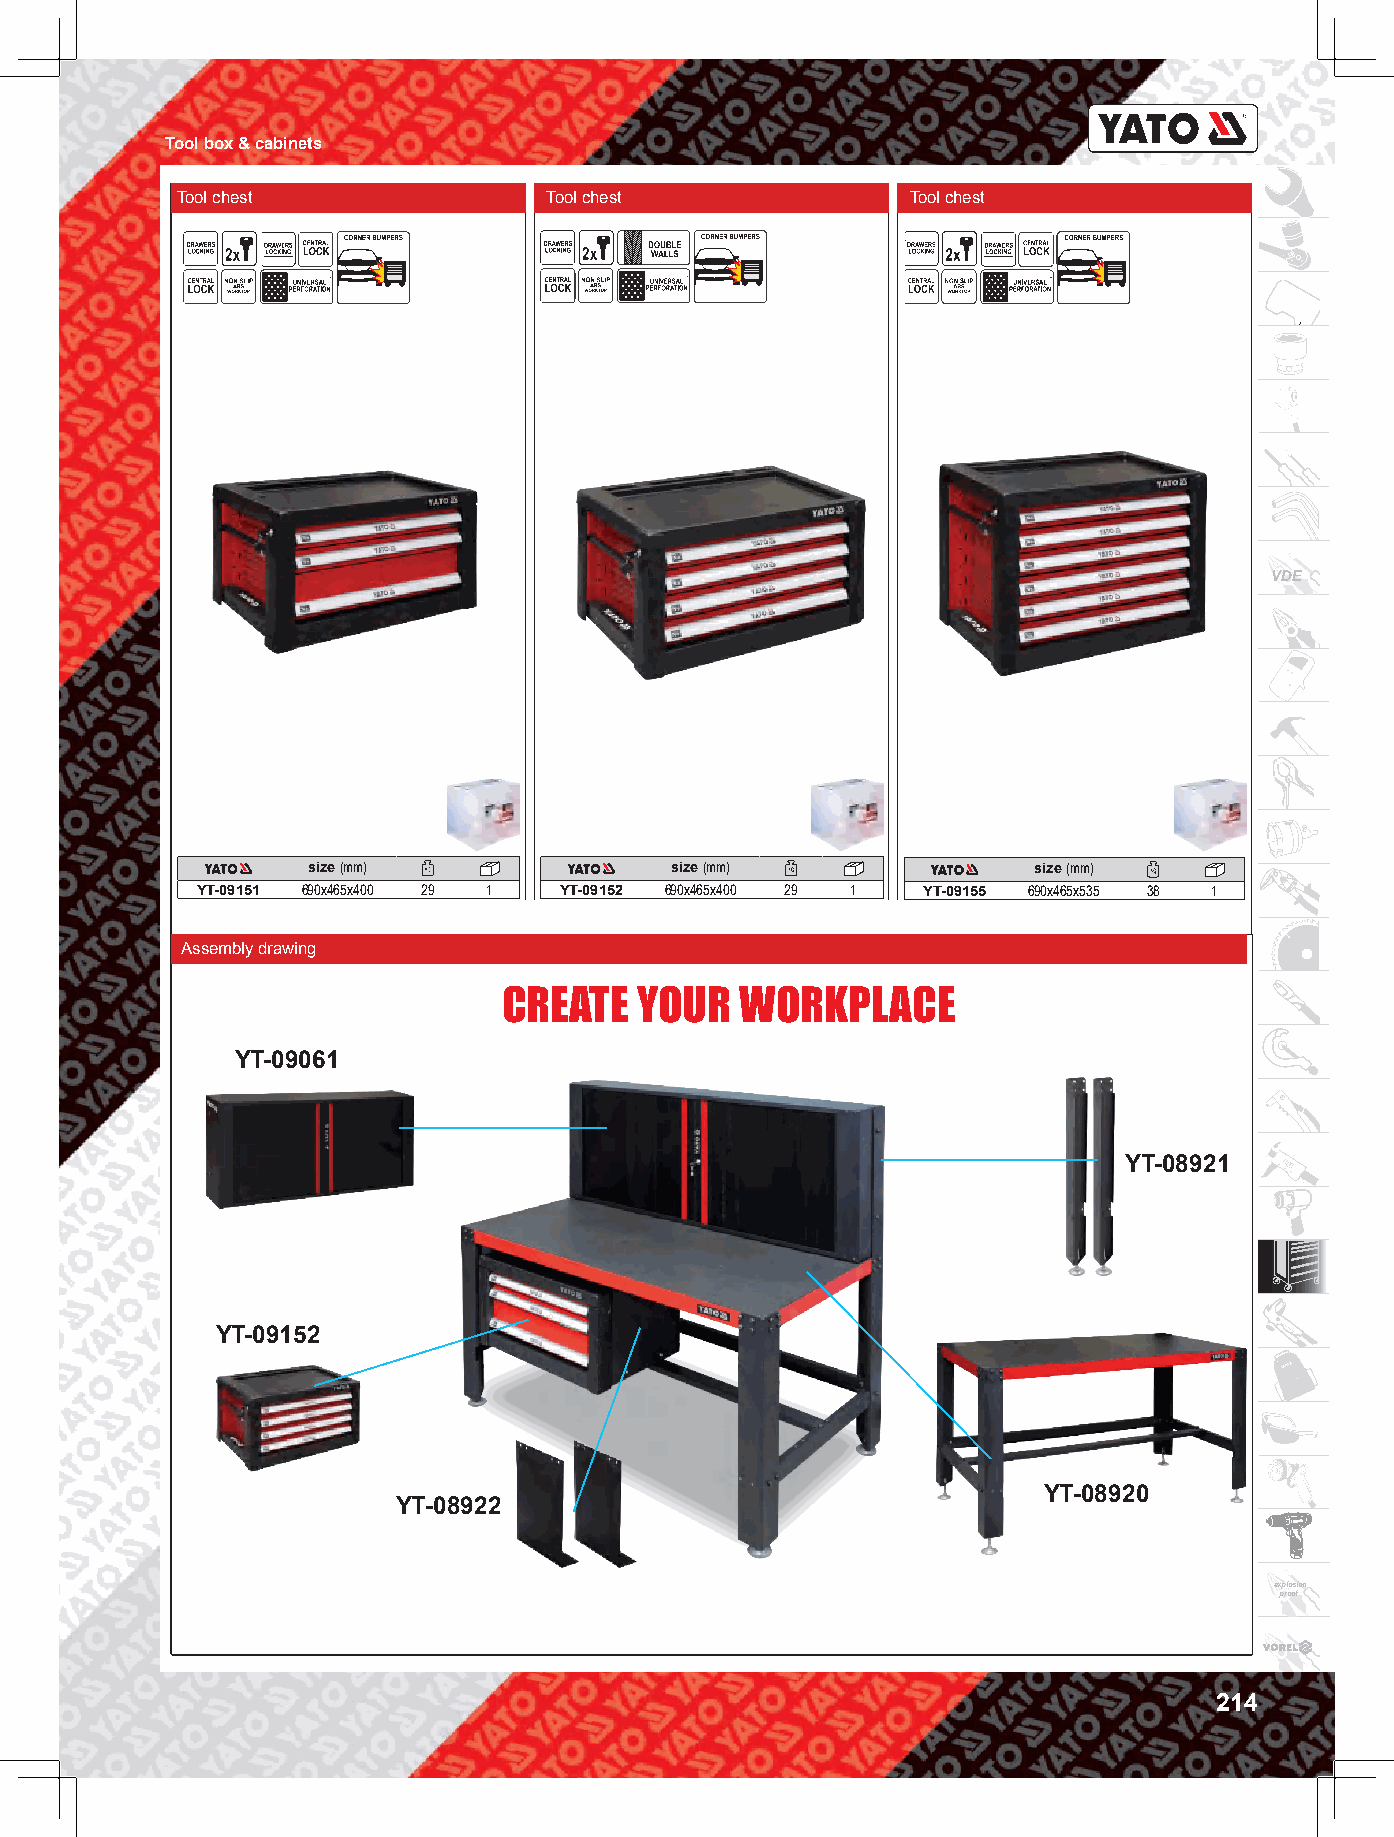
Tool box & cabinets
 Tool chest              Tool chest              Tool chest
 VDE
 size (mm)               size (mm)               size (mm)
 YT-09151 690x465x400 29 1 YT-09152 690x465x400 29 1 YT-09155 690x465x535 38 1
 Assembly drawing
 CREATE   YOUR   WORKPLACE
 YT-09061
 YT-08921
 YT-09152
 YT-08920
 YT-08922
 explosion
 proof
 214